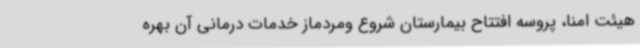
هیئت امنا، پروسه افتتاح بیمارستان شروع ومردماز خدمات درمانی آن بهره